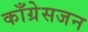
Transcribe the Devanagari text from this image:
काँग्रेसजन